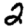
Digit: 2